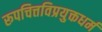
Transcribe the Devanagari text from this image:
रूपचित्तविप्रयुक्तधर्म